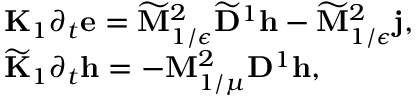
\begin{array} { r l } & { { \bf K } _ { 1 } \partial _ { t } \mathbf { e } = \widetilde { \mathbf { M } } _ { 1 / \epsilon } ^ { 2 } \widetilde { \mathbf { D } } ^ { 1 } \mathbf { h } - \widetilde { \mathbf { M } } _ { 1 / \epsilon } ^ { 2 } \mathbf { j } , } \\ & { \widetilde { \bf K } _ { 1 } \partial _ { t } \mathbf { h } = - \mathbf { M } _ { 1 / \mu } ^ { 2 } \mathbf { D } ^ { 1 } \mathbf { h } , } \end{array}